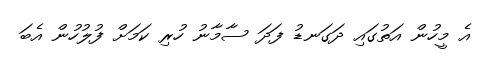
އެ މީހުން އަތުގައި ދަގަނޑު ފަދަ ސާމާނު ހުރި ކަމަށް ފުލުހުން އެބަ